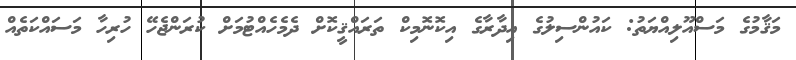
މަޤާމުގެ މަސްއޫލިއްޔަތު: ކައުންސިލުގެ އިދާރާގެ އިކޮނޮމިކް ތަރައްޤީކޮށް ދެމެހެއްޓުމަށް ކުރަންޖެހޭ ހުރިހާ މަސައްކަތެއް